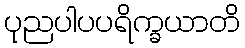
ပုညပါပပရိက္ခယာတိ